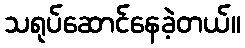
သရုပ်ဆောင်နေခဲ့တယ်။